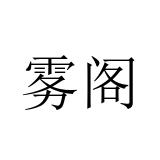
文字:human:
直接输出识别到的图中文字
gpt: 雾阁